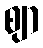
ဈာ